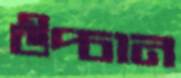
উপ্‌চান